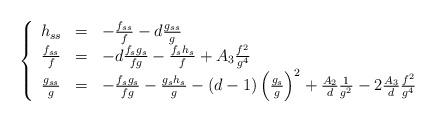
LaTeX: \begin{align*} \left\{ \begin{array}{ccl}h_{ss} & = & -\frac{f_{ss}}{f} - d \frac{g_{ss}}{g} \\\frac{f_{ss}}{f} & = & -d\frac{f_s g_s}{fg} - \frac{f_s h_s}{f} + A_3 \frac{f^2}{g^4}\\\frac{g_{ss}}{g} & = & -\frac{f_s g_s}{fg} - \frac{g_s h_s}{g} - (d-1) \left( \frac{g_s}{g} \right)^2 + \frac{A_2}{d}\frac{1}{g^2} - 2\frac{A_3}{d}\frac{f^2}{g^4}\\ \end{array} \right.\end{align*}